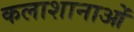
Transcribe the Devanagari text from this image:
कलाशानाओं